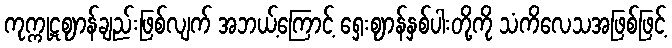
ကုက္ကုဋဈာန်ချည်းဖြစ်လျက် အဘယ့်ကြောင့် ရှေးဈာန်နှစ်ပါးတို့ကို သံကိလေသအဖြစ်ဖြင့်